Report on the working of the Ranchi Indian Mental Hospital, Kanke, in Bihar and Orissa - 1930-1940
Year: 1930
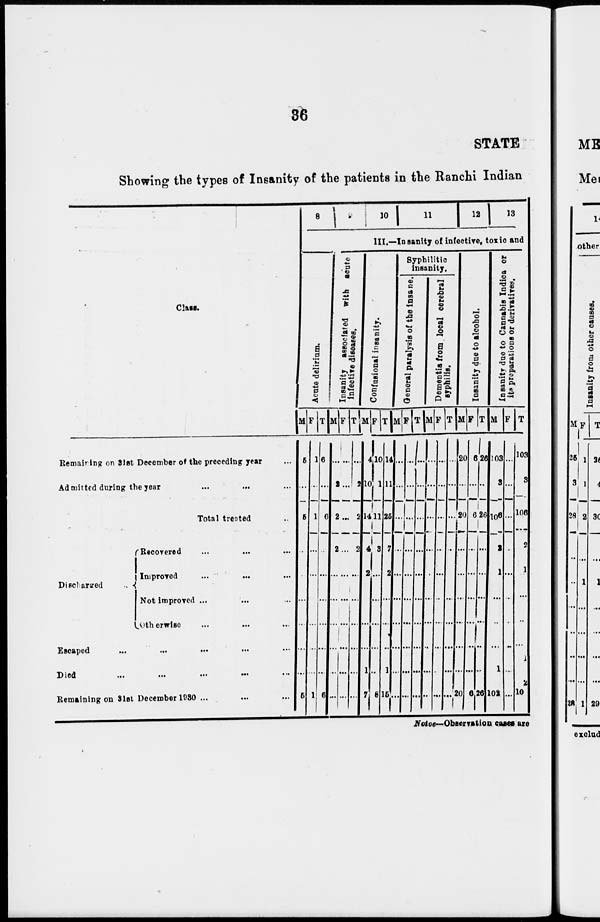
36
STATE
Showing the types of Insanity of the patients in the Ranchi Indian
Class.
Remaining on 31st December of the preceding year
Admitted during the year ... ... ...
Total treated ...
Discharged
Recovered ... ... ...
Improved ... ... ...
Not improved ... ... ...
Otherwise ... ... ...
Escaped
...
...
...
...
Died
...
...
...
...
Remaining on 31st December 1930 ... ... ...
8 9 10 11 12 13
III.—Insanity of infective, toxic and
Acute delirium.
M
5
...
5
...
...
...
...
...
...
5
F
1
...
1
...
...
...
...
...
...
1
T
6
...
6
...
...
...
...
...
...
6
Insanity associated with acute
infective diseases.
M
...
2
2
2
...
...
...
...
...
...
F
...
...
...
...
...
...
...
...
...
...
T
...
2
2
2
...
...
...
...
...
...
Confusional insanity.
M
4
10
14
4
2
...
...
...
1
7
F
10 1
11
3
...
...
...
...
...
8
T
14
11
25
7
2
...
...
...
1
15
Syphilitic
insanity.
General paralysis of the insane.
M
...
...
...
...
...
...
...
...
...
...
F
...
...
...
...
...
...
...
...
...
...
T
...
...
...
...
...
...
...
...
...
...
Dementia from local cerebral
syphilis.
M
...
...
...
...
...
...
...
...
...
...
F
...
...
...
...
...
...
...
...
...
...
T
...
...
...
...
...
...
...
...
...
...
Insanity due to alcohol.
M
20
...
20
...
...
...
...
...
...
20
F
6
...
6
...
...
...
...
...
...
6
T
26
...
26
...
...
...
...
...
...
26
Insanity due to Cannabis Indica or
its preparations or derivatives.
M
103
3
106
2
1
...
...
...
1
102
F
...
...
...
...
...
...
...
...
..
...
T
103
3
106
2
1
...
...
...
1
102
Notes—Observation cases are